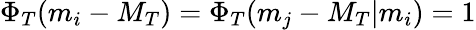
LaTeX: \Phi_{T}(m_{i}-M_{T})=\Phi_{T}(m_{j}-M_{T}\vert m_{i})=1